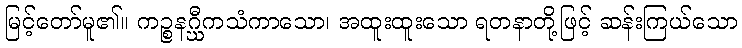
မြင့်တော်မူ၏။ ကဉ္စနဂ္ဃီကသံကာသော၊ အထူးထူးသော ရတနာတို့ဖြင့် ဆန်းကြယ်သော